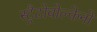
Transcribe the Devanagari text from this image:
स्ट्रैटोवोल्केनो